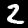
Label: 2